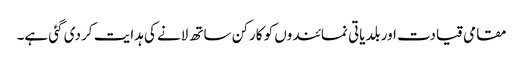
مقامی قیادت اور بلدیاتی نمائندوں کو کارکن ساتھ لانے کی ہدایت کر دی گئی ہے۔